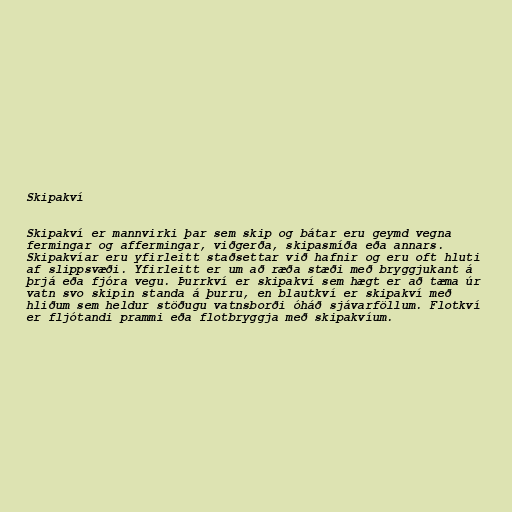
Skipakví

Skipakví er mannvirki þar sem skip og bátar eru geymd vegna
fermingar og affermingar, viðgerða, skipasmíða eða annars.
Skipakvíar eru yfirleitt staðsettar við hafnir og eru oft hluti
af slippsvæði. Yfirleitt er um að ræða stæði með bryggjukant á
þrjá eða fjóra vegu. Þurrkví er skipakví sem hægt er að tæma úr
vatn svo skipin standa á þurru, en blautkví er skipakví með
hliðum sem heldur stöðugu vatnsborði óháð sjávarföllum. Flotkví
er fljótandi prammi eða flotbryggja með skipakvíum.